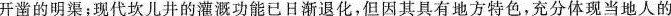
开凿的明渠；现代坎儿井的灌溉功能已日渐退化，但因其具有地方特色，充分体现当地人的